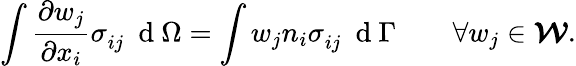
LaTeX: \int\frac{\partial w_{j}}{\partial x_{i}}\sigma_{ij}^{\phantom{}}\ \mathrm{~d~}{\Omega}=\int w_{j}n_{i}\sigma_{ij}^{\phantom{}}\ \mathrm{~d~}{\Gamma}\qquad\forall w_{j}\in\boldsymbol{\mathcal{W}}.